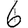
Digit: 6